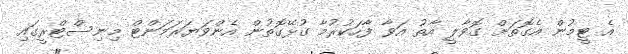
އެ ޓީމުން އެގޮތަށް ގޮވާލީ އާތު އަވާ ފާހަކުރުމާ ގުޅޭގޮތުން އެންވަޔަރަމަންޓް މިނިސްޓްރީގައި